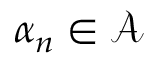
\alpha _ { n } \in \mathcal { A }